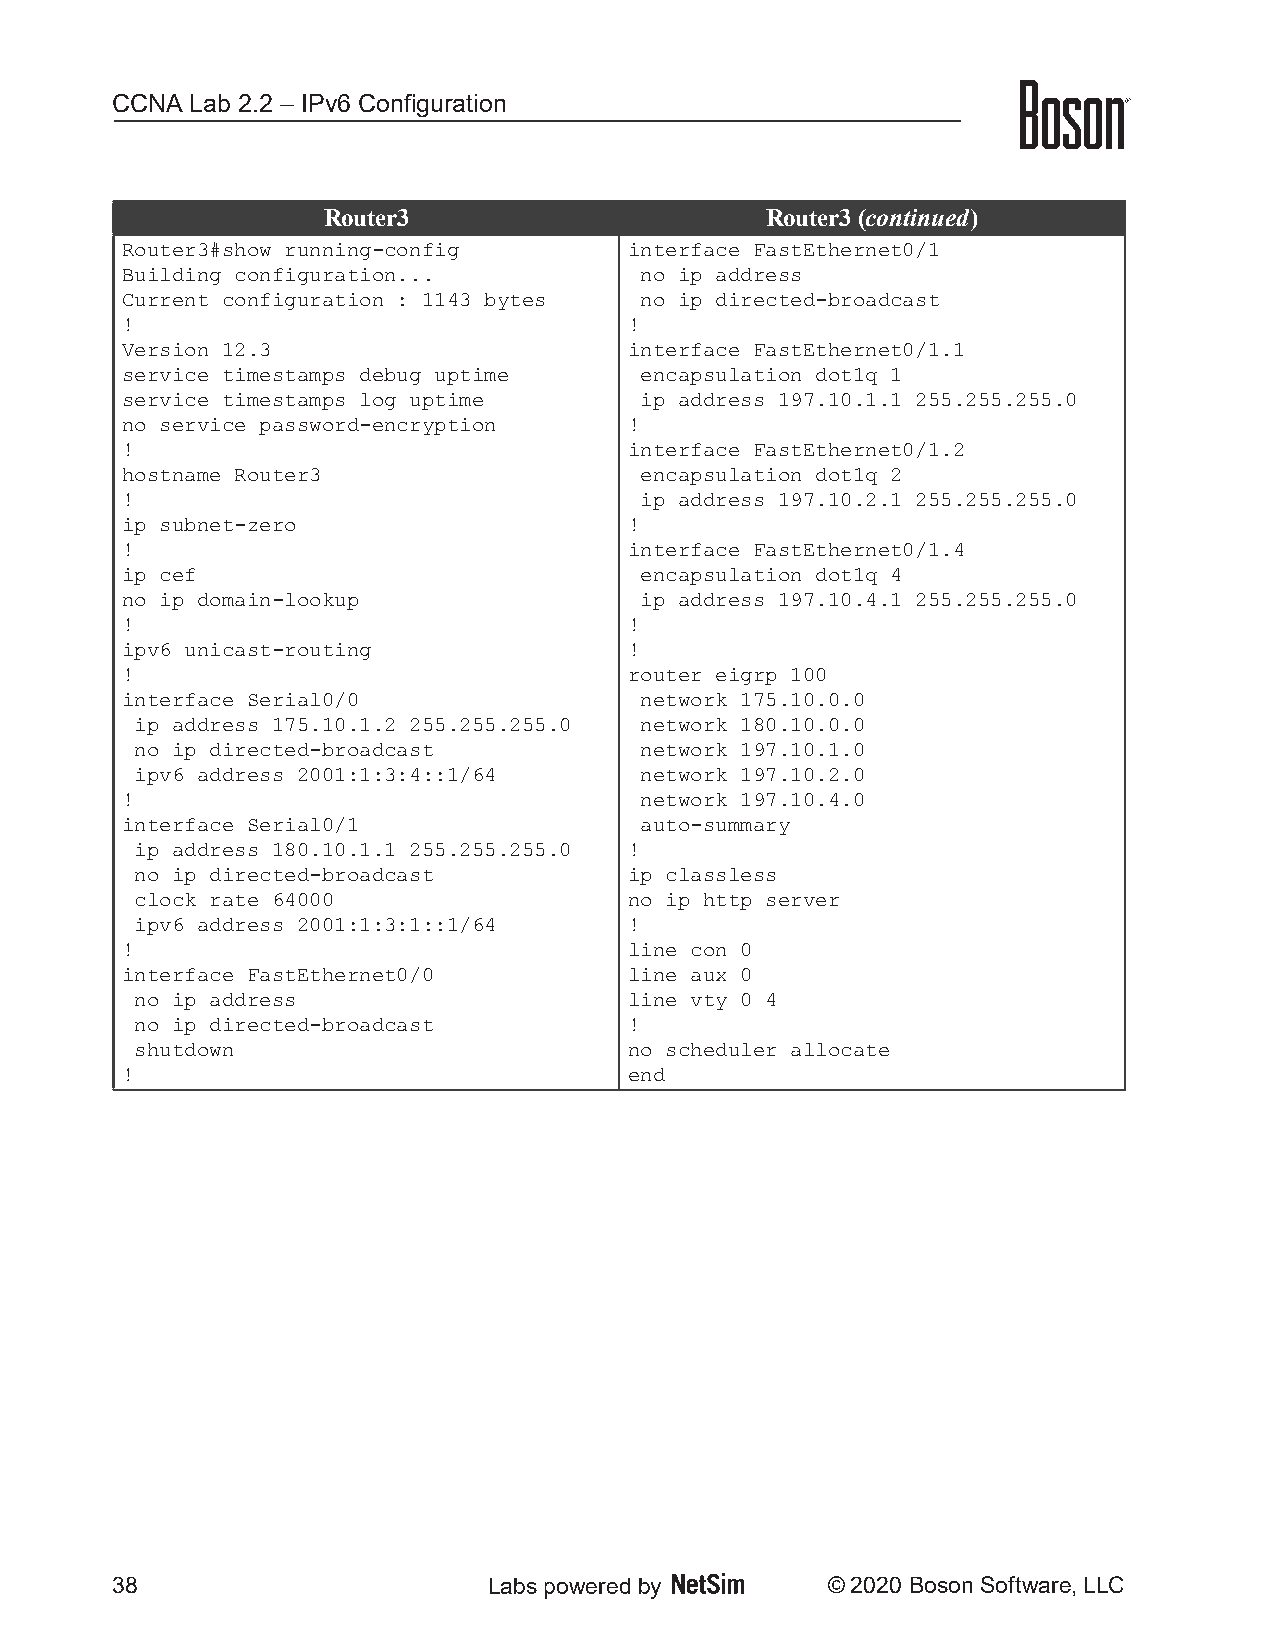
CCNA  Lab 2.2 – IPv6 Configuration
 Router3                       Router3 (continued)
 Router3#show running-config       interface FastEthernet0/1
 Building configuration...         no ip address
 Current configuration : 1143 bytes no ip directed-broadcast
 !                                 !
 Version 12.3                      interface FastEthernet0/1.1
 service timestamps debug uptime   encapsulation dot1q 1
 service timestamps log uptime     ip address 197.10.1.1 255.255.255.0
 no service password-encryption    !
 !                                 interface FastEthernet0/1.2
 hostname Router3                  encapsulation dot1q 2
 !                                 ip address 197.10.2.1 255.255.255.0
 ip subnet-zero                    !
 !                                 interface FastEthernet0/1.4
 ip cef                            encapsulation dot1q 4
 no ip domain-lookup               ip address 197.10.4.1 255.255.255.0
 !                                 !
 ipv6 unicast-routing              !
 !                                 router eigrp 100
 interface Serial0/0               network 175.10.0.0
 ip address 175.10.1.2 255.255.255.0 network 180.10.0.0
 no ip directed-broadcast         network 197.10.1.0
 ipv6 address 2001:1:3:4::1/64    network 197.10.2.0
 !                                 network 197.10.4.0
 interface Serial0/1               auto-summary
 ip address 180.10.1.1 255.255.255.0 !
 no ip directed-broadcast         ip classless
 clock rate 64000                 no ip http server
 ipv6 address 2001:1:3:1::1/64    !
 !                                 line con 0
 interface FastEthernet0/0         line aux 0
 no ip address                    line vty 0 4
 no ip directed-broadcast         !
 shutdown                         no scheduler allocate
 !                                 end
 38                       Labs powered by        © 2020 Boson Software, LLC